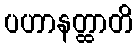
ပဟာနတ္ထာတိ